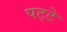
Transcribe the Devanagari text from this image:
पट्‍टे